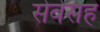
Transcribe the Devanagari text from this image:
सेवेसह